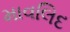
માવલિદ